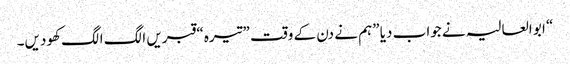
“ ابو العالیہ نے جواب دیا ”ہم نے دن کے وقت ”تیرہ“ قبریں الگ الگ کھودیں۔